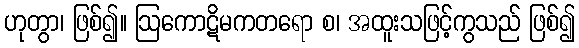
ဟုတွာ၊ ဖြစ်၍။ ဩကောဋိမကတရော စ၊ အထူးသဖြင့်ကွသည် ဖြစ်၍